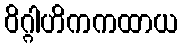
ဝိဂ္ဂါဟိကကထာယ